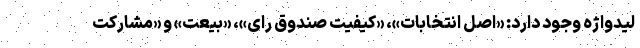
لیدواژه وجود دارد: «اصل انتخابات»، «کیفیت صندوق رای»، «بیعت» و «مشارکت